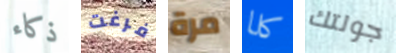
ذكاء فرغت مرة كلا جولتك